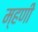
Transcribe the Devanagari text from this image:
म्‍हणी